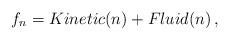
LaTeX: \begin{align*}\begin{aligned}f_n = Kinetic(n) + Fluid (n) \,,\end{aligned}\end{align*}